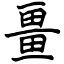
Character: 畺